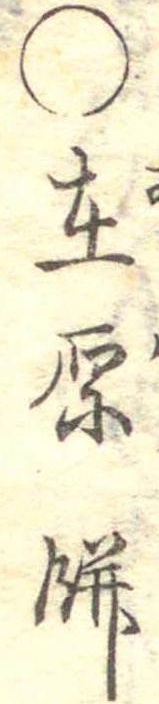
○在原餅